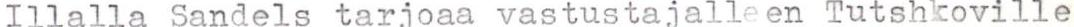
Illalla Sandels tarjoaa vastustajalleen Tutshkoville